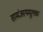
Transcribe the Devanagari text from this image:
सामंजस्यमूलक